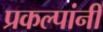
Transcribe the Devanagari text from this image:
प्रकल्पांनी